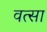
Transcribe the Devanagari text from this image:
वत्सा